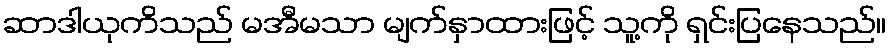
ဆာဒါယုကိသည် မအီမသာ မျက်နှာထားဖြင့် သူ့ကို ရှင်းပြနေသည်။